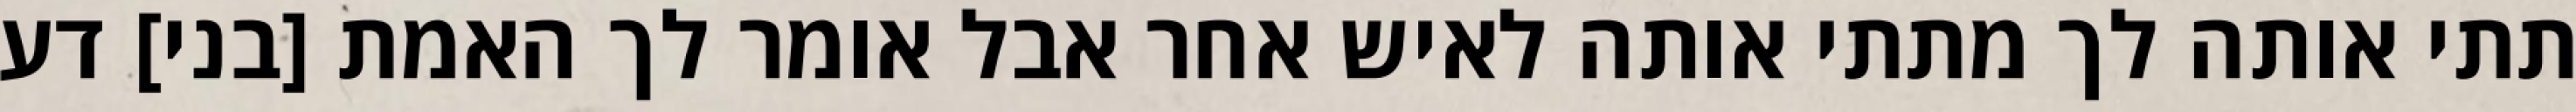
תתי אותה לך מתתי אותה לאיש אחר אבל אומר לך האמת [בני] דע